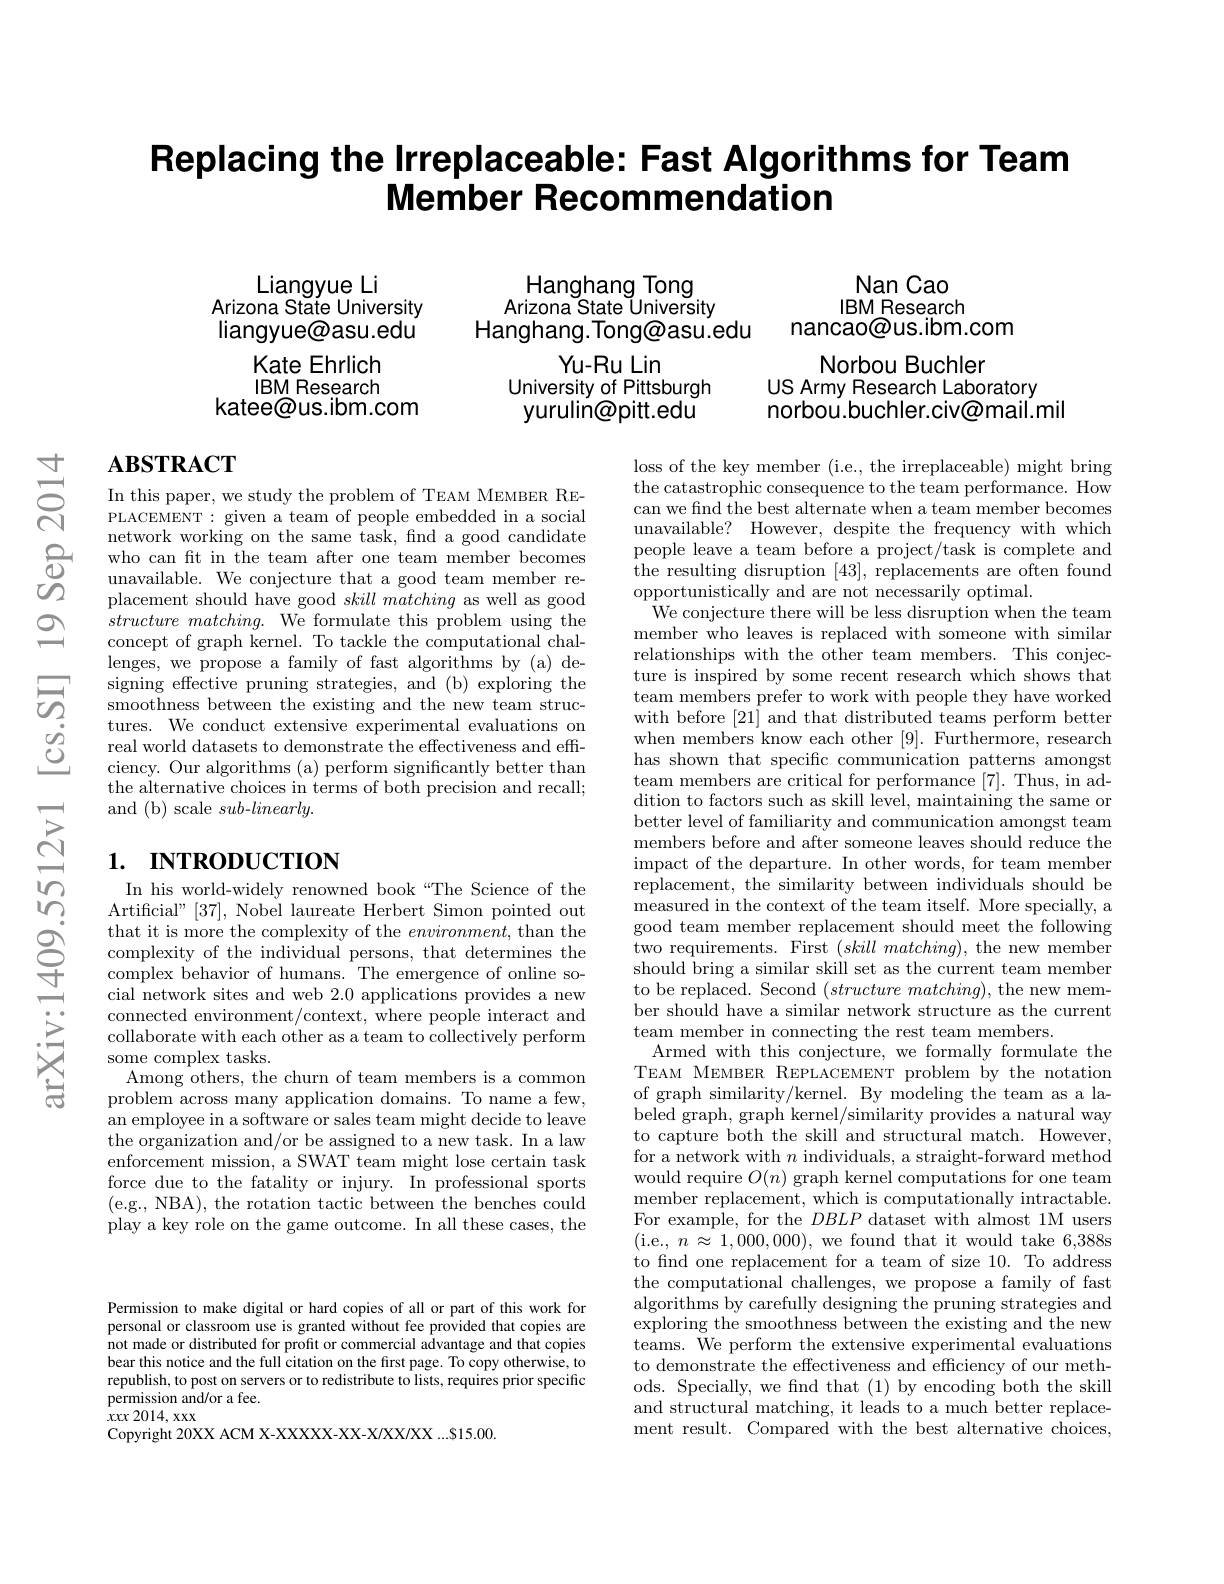
# Replacing the Irreplaceable: Fast Algorithms for Team Member Recommendation

$ਫ਼ਨ$

Nan Cao IBM Research
nancao@us.ibm.com

Hanghang Tong
Arizona State University
Hanghang.Tong@asu.edu

Liangyue Li
Arizona State University liangyue@asu.edu
Kate Ehrlich IBM Research
katee@us.ibm.com

Norbou Buchler
US Army Research Laboratory
norbou.buchler.civ@mail.mil

Yu-Ru Lin
University of Pittsburgh
yurulin@pitt.edu

# $\mathbf{ABSTRACT}$

In this paper, we study the problem of TEAM MEMBER REPLACEMENT : given a team of people embedded in a social network working on the same task, find a good candidate
placement should have good $skill\textit{matching as well as good}$ $structure\textit{ matching. We formulate this problem using the}$ concept of graph kernel. To tackle the computational challenges, we propose a family of fast algorithms by (a) designing effective pruning strategies, and (b) exploring the smoothness between the existing and the new team structures. We conduct extensive experimental evaluations on real world datasets to demonstrate the effectiveness and effciency. Our algorithms (a) perform significantly better than the alternative choices in terms of both precision and recall; and (b) scale sub-linearly.

# 1. INTRODUCTION

loss of the key member (i.e., the irreplaceable) might bring the catastrophic consequence to the team performance. How can we find the best alternate when a team member becomes unavailable? However, despite the frequency with which people leave a team before a project/task is complete and the resulting disruption [43], replacements are often found opportunistically and are not necessarily optimal.
We conjecture there will be less disruption when the team member who leaves is replaced with someone with similar relationships with the other team members. This conjecture is inspired by some recent research which shows that team members prefer to work with people they have worked with before [21] and that distributed teams perform better when members know each other [9]. Furthermore, research has shown that specifc communication patterns amongst team members are critical for performance [7]. Thus, in addition to factors such as skill level, maintaining the same or better level of familiarity and communication amongst team members before and after someone leaves should reduce the impact of the departure. In other words, for team member $\hat{\text{replacement, the similarity between individuals should be}}$ measured in the context of the team itself. More specially, a good team member replacement should meet the following two requirements. First $( \textit{skill matching}) $, the new member should bring a similar skill set as the current team member to be replaced. Second $( structure\textit{matching}) $, the new member should have a similar network structure as the current team member in connecting the rest team members.
Armed with this conjecture, we formally formulate the TEAM MEMBER REPLACEMENT problem by the notation of graph similarity/kernel. By modeling the team as a labeled graph, graph kernel/similarity provides a natural way to capture both the skill and structural match. However, for a network with $n$ individuals, a straight-forward method would require $O(n)$ graph kernel computations for one team member replacement, which is computationally intractable. For example, for the $DBLP$ dataset with almost 1M users (i.e., $n\approx1,000,000)$, we found that it would take 6,388s to find one replacement for a team of size 10. To address the computational challenges, we propose a family of fast algorithms by carefully designing the pruning strategies and exploring the smoothness between the existing and the new teams. We perform the extensive experimental evaluations to demonstrate the effectiveness and efficiency of our methods. Specially, we find that (1) by encoding both the skill and structural matching, it leads to a much better replacement result. Compared with the best alternative choices,

In his world-widely renowned book“The Science of the Artificial"[37], Nobel laureate Herbert Simon pointed out that it is more the complexity of the $environment$, than the complexity of the individual persons, that determines the complex behavior of humans. The emergence of online social network sites and web 2.0 applications provides a new connected environment/context, where people interact and collaborate with each other as a team to collectively perform some complex tasks.
Among others, the churn of team members is a common problem across many application domains. To name a few, an employee in a software or sales team might decide to leave the organization and/or be assigned to a new task. In a law enforcement mission, a SWAT team might lose certain task force due to the fatality or injury. In professional sports (e.g., NBA), the rotation tactic between the benches could play a key role on the game outcome. In all these cases, the

Permission to make digital or hard copies of all or part of this work for personal or classroom use is granted without fee provided that copies are not made or distributed for profit or commercial advantage and that copies bear this notice and the full citation on the first page. To copy otherwise, to republish, to post on servers or to redistribute to lists, requires prior specific permission and/or a fee.
$xxx2014,xxx$
Copyright 20XX ACM X-XXXXX-XX-X/XX/XXX...S15.00.